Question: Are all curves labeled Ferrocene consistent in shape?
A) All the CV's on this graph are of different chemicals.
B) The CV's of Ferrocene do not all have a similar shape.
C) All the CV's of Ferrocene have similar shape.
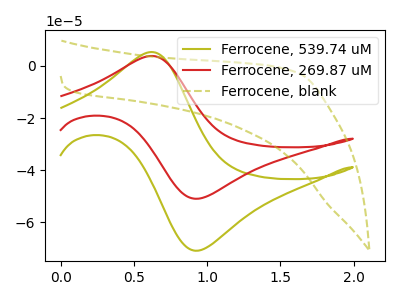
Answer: <think>The olive curve "Ferrocene, 539.74 uM" has an anodic peak at (0.60V, 5.30uA) and a cathodic peak at (0.95V, -70.85uA). The red curve "Ferrocene, 269.87 uM" has an anodic peak at (0.60V, 3.80uA) and a cathodic peak at (0.95V, -50.95uA). The olive dashed curve "Ferrocene, blank" has no peaks.
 All the peaks in "Ferrocene, 539.74 uM" have a peak in "Ferrocene, 269.87 uM" at the same potential. Every peak in "Ferrocene, 539.74 uM" is higher than every peak in "Ferrocene, 269.87 uM". "Ferrocene, 539.74 uM" and "Ferrocene, blank" have a different number of peaks. "Ferrocene, 269.87 uM" and "Ferrocene, blank" have a different number of peaks.</think>
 <answer>C) All the CV's of "Ferrocene" have similar shape.</answer>
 <eval>C</eval>